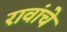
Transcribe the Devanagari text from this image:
रावांचे